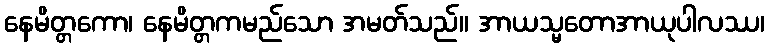
နေမိတ္တကော၊ နေမိတ္တကမည်သော အမတ်သည်။ အာယသ္မတောအာယုပါလဿ၊